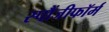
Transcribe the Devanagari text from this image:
स्पौंजीफॉर्म